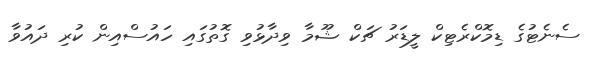
ސެނެޓުގެ ޑިމޮކްރެޓިކް ލީޑަރު ޗަކް ޝޫމާ ވިދާޅުވި ގޮތުގައި ހައުސްއިން ކުރި ދައުވާ